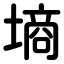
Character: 墒